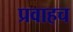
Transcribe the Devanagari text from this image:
प्रवाहच